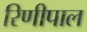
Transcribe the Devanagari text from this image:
रिणीपाल